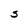
Character: S